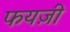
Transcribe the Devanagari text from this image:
फयज़ी